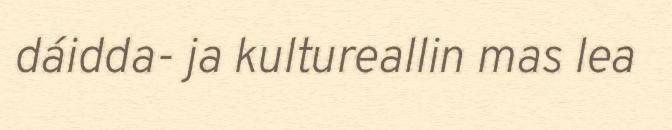
dáidda- ja kultureallin mas lea